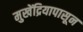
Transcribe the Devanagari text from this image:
मुखेंद्रियापासून